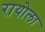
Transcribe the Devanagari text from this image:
रायोला